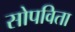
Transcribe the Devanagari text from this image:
सोपविता